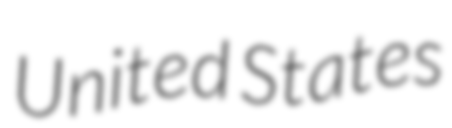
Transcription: United States